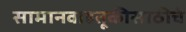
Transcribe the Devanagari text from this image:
सामानवाहतूकीसाठीचे